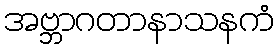
အဗ္ဘာဂတာနာသနကံ